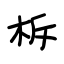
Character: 柝